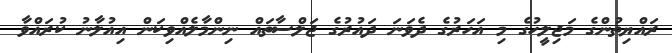
ރައްޔިތުންގެ މަޖިލީހުގެ މި އަހަރުގެ ދެވަނަ ދައުރުގެ ޖަލްސާތައް ނިންމާލެއްވިކަން އިއުލާނު ކުރައްވާ